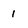
Character: 1